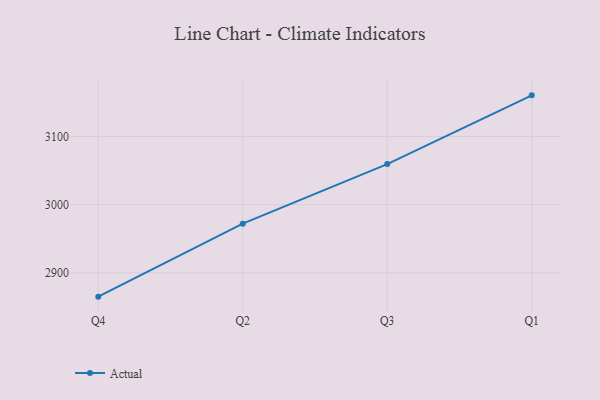
{"axis": {"x": "Quarter", "y": "Website Visitors"}, "legend": ["Actual"], "data": [{"x": "Q4", "y": 2865.1, "type": "Actual"}, {"x": "Q2", "y": 2972.1, "type": "Actual"}, {"x": "Q3", "y": 3059.5, "type": "Actual"}, {"x": "Q1", "y": 3160.3, "type": "Actual"}]}